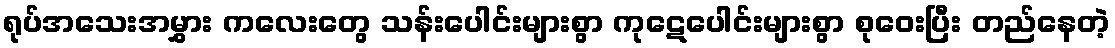
ရုပ်အသေးအမွှား ကလေးတွေ သန်းပေါင်းများစွာ ကုဋေပေါင်းများစွာ စုဝေးပြီး တည်နေတဲ့